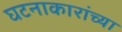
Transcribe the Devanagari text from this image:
घटनाकारांच्या